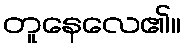
တူနေလေ၏။